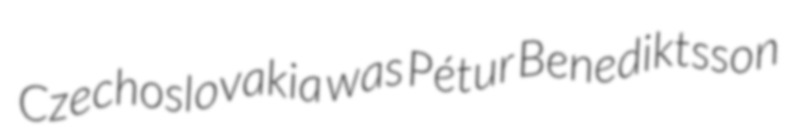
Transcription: Czechoslovakia was Pétur Benediktsson